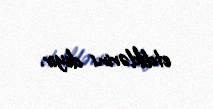
etdiklərini deyir.